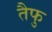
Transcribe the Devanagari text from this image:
तैफु